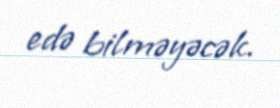
edə bilməyəcək.